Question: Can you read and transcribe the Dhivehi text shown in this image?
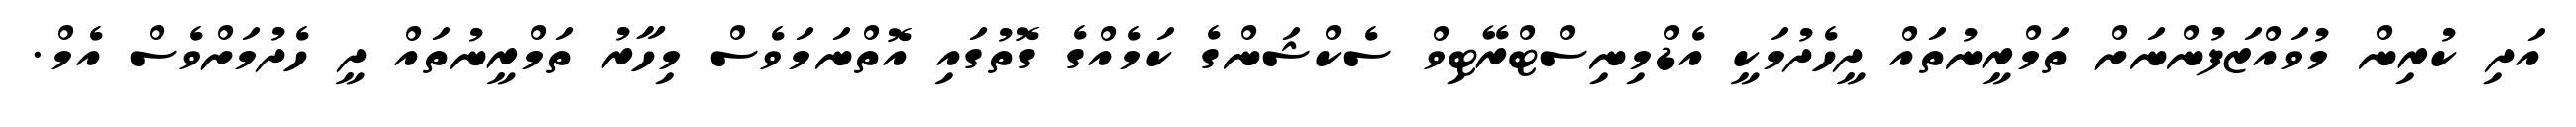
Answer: އަދި ކުރިން މުވައްޒަފުންނަށް ތަމްރީނުތައް ދީހެދުމަކީ އެޑްމިނިސްޓްރޭޓިވް ސެކްޝަންގެ ކަމެއްގެ ގޮތުގައި އޮތްނަމަވެސް މިހާރު ތަމްރީނުތައް ދީ ހެދުމަށްވެސް އެމް.